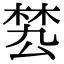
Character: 𣓕